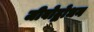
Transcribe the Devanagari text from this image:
जीवोद्बोधन